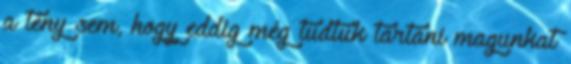
a tény sem, hogy eddig még tudtuk tartani magunkat